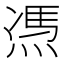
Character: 𱫫